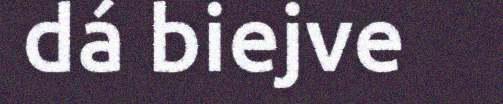
dá biejve